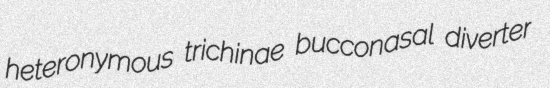
heteronymous trichinae bucconasal diverter